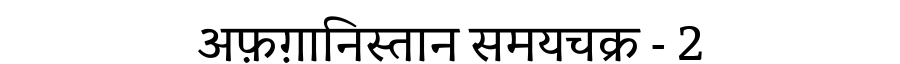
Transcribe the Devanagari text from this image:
अफ़ग़ानिस्तान समयचक्र - 2